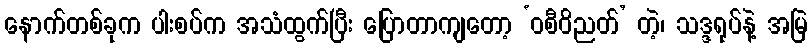
နောက်တစ်ခုက ပါးစပ်က အသံထွက်ပြီး ပြောတာကျတော့ ‘ဝစီဝိညတ်’ တဲ့၊ သဒ္ဒရုပ်နဲ့ အမြဲ